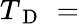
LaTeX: T_{\mathrm{~D~}}\, =